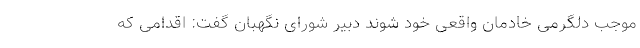
موجب دلگرمی خادمان واقعی خود شوند دبیر شورای نگهبان گفت: اقدامی که